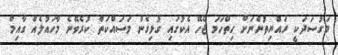
މަގުސަދަކީ ރައްޔިތުންނަށް ހިތްހަމަ ޖެހޭ އެކުގައި ގުޅިގެން މަސައްކަތް ކުރެވޭނެ މާހައުލެއް ގާއިމް